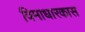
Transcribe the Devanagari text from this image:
विमाधारकास